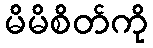
မိမိစိတ်ကို